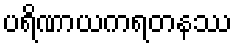
ပရိဏာယကရတနဿ